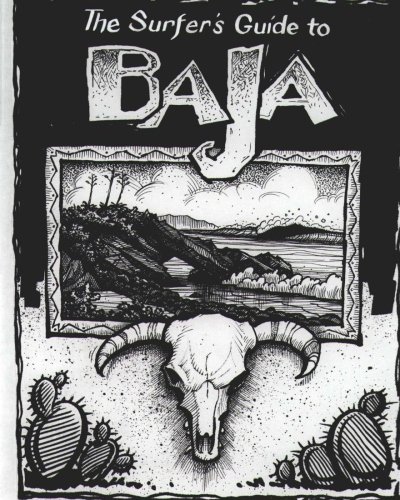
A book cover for The Surfer's Guide to Baja; Mike Parise; Sports & Outdoors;